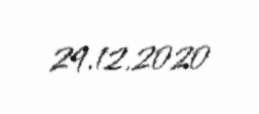
29.12.2020